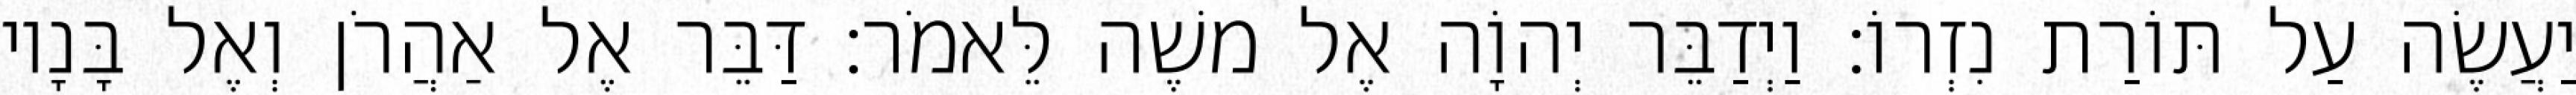
יַעֲשֶׂה עַל תּוֹרַת נִזְרוֹ׃ וַיְדַבֵּר יְהוָֹה אֶל משֶׁה לֵּאמֹר׃ דַּבֵּר אֶל אַהֲרֹן וְאֶל בָּנָיו